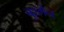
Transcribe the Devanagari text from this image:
बुश्मैन